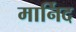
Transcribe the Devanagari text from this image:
मार्निद